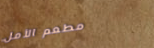
مطعم الأمل